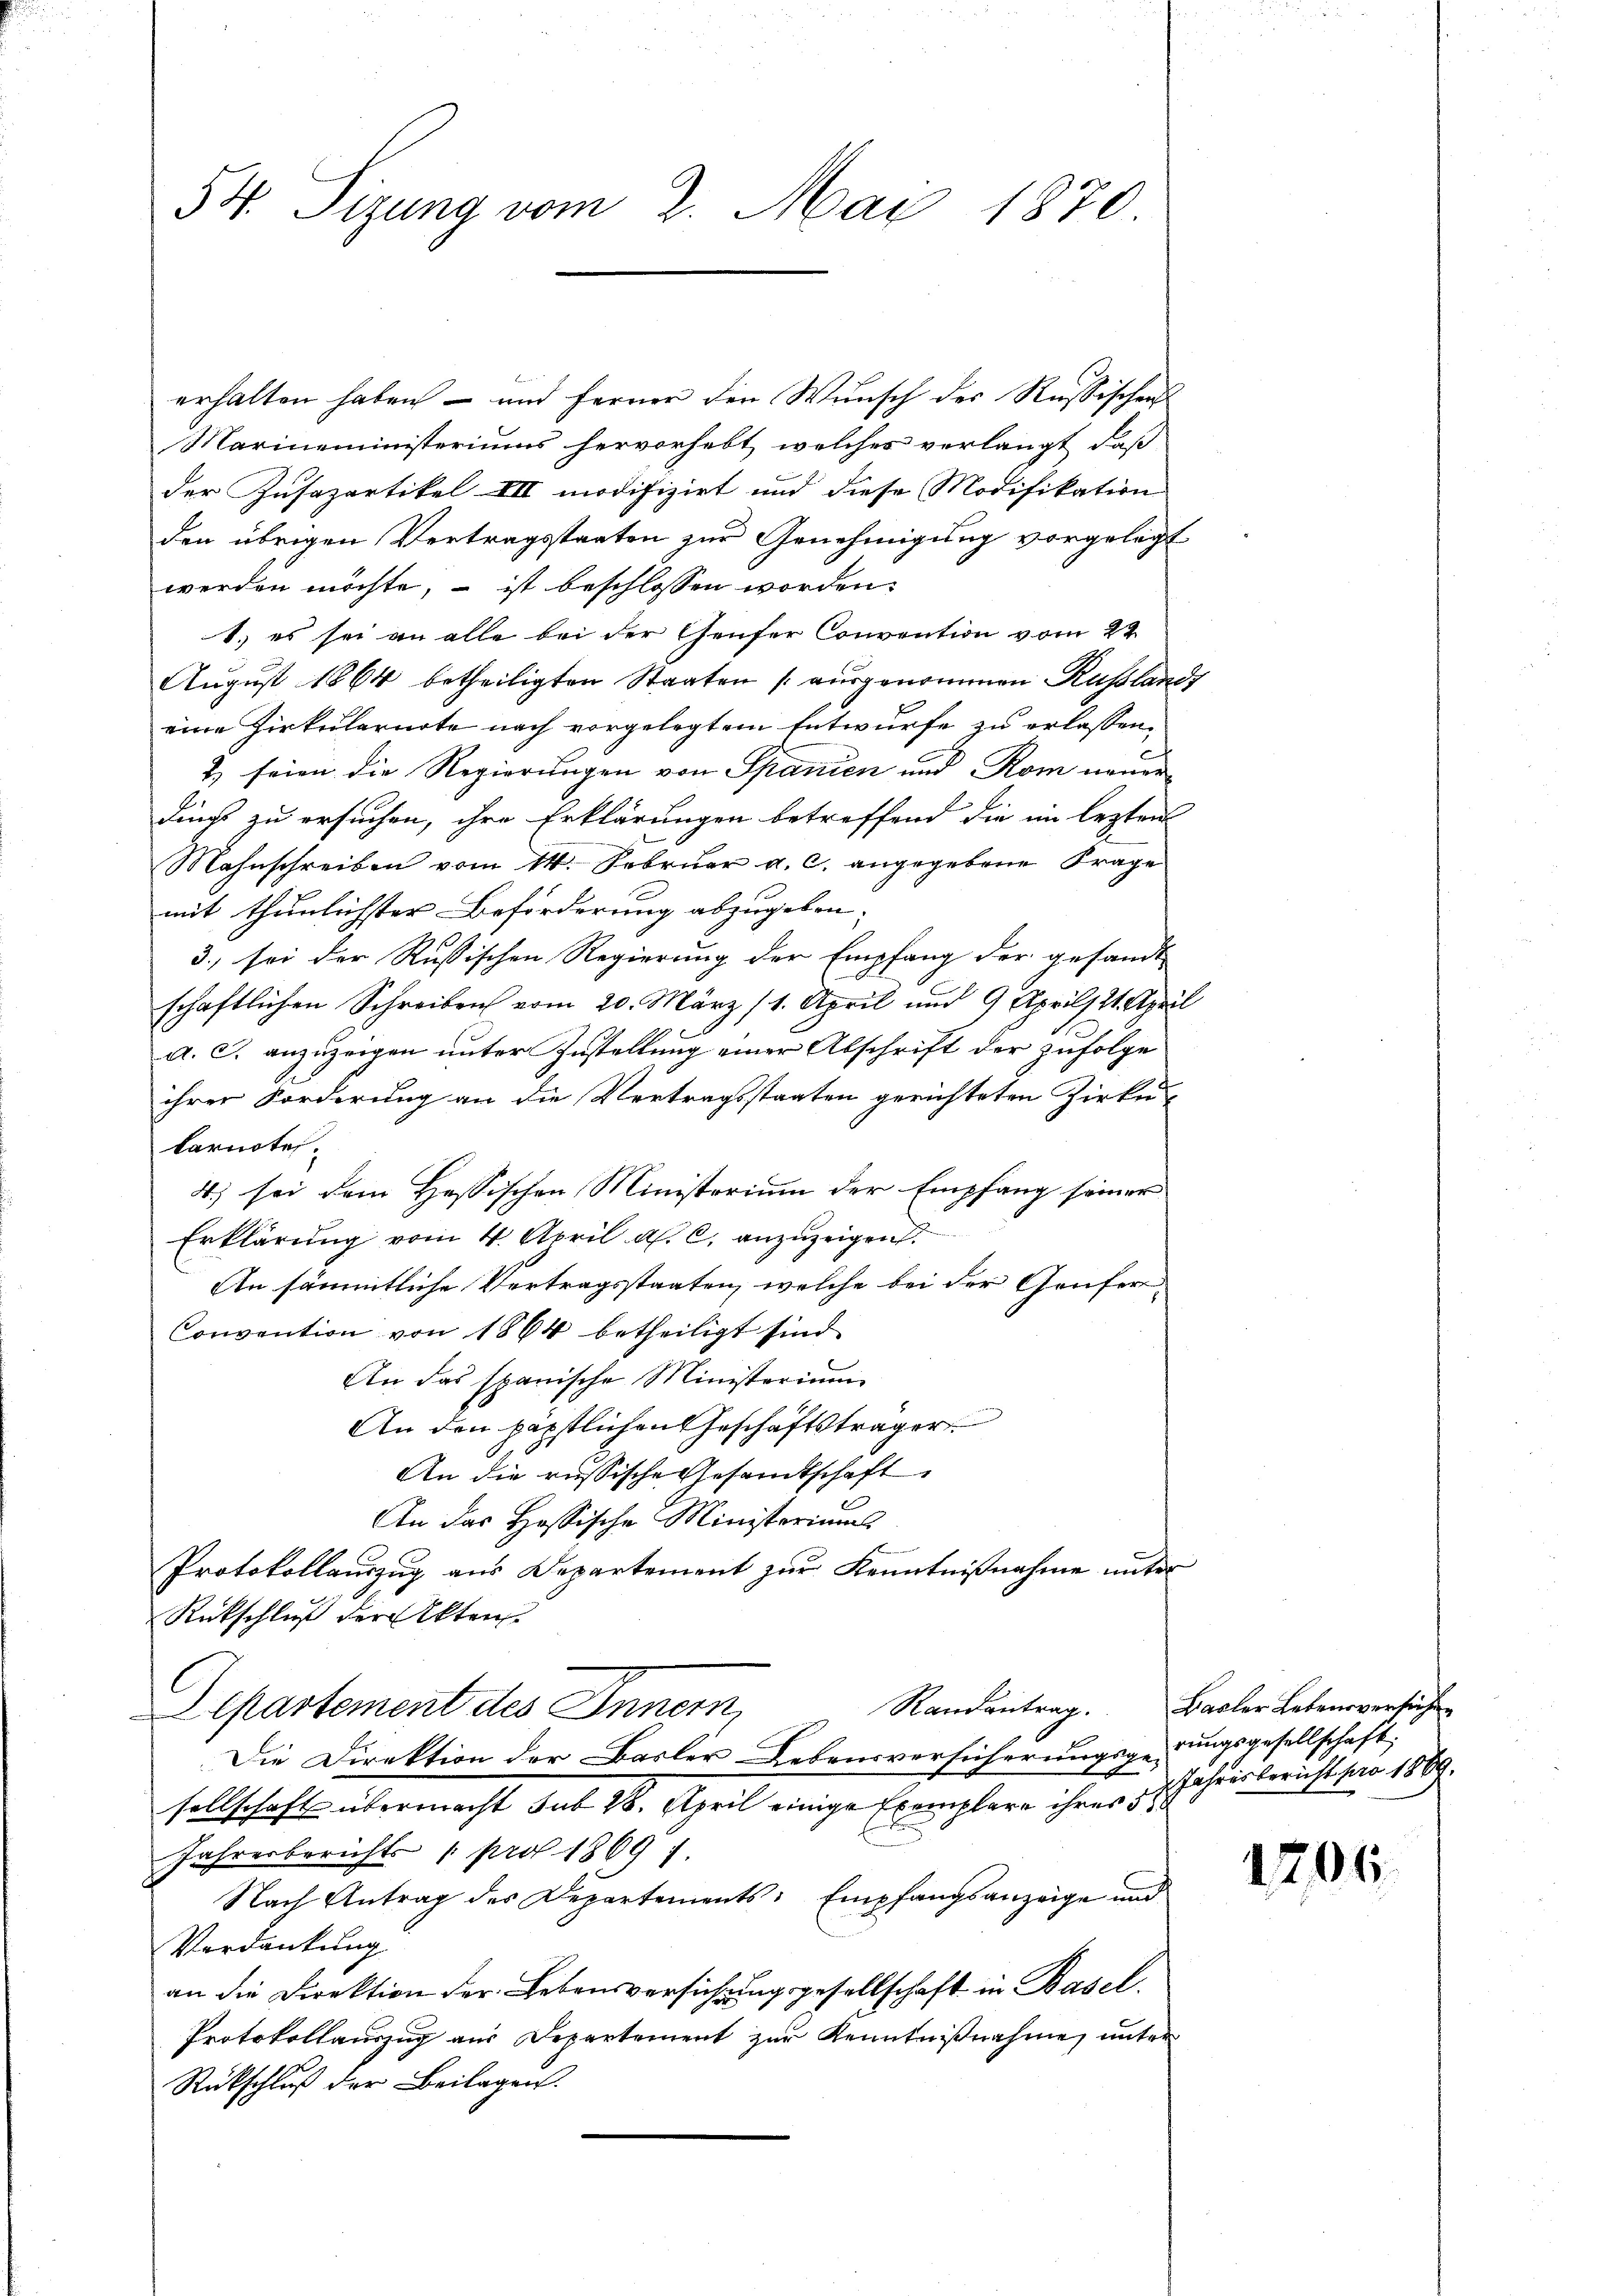
54. Sizung vom 2. Mai 1870.

erhalten haben – und ferner den Wunsch der Russischen
Marineministeriums hervorhebt, welches verlangt, daß
der Zusazartikel III modifizirt und diese Modifikation
den übrigen Vertragsstaaten zur Genehmigung vorgelegt
werden möchte, – ist beschlossen worden.
1.) es sei an alle bei der Genfer Convention vom 24
August 1864 betheiligten Staaten (ausgenommen Russlands
eine Zirkularirte nach vorgelegtem Entwurfe zu erlassen,
2) seien die Regierungen von Spanien und Rom neuer
dins zu ersuchen, ihre Erklärungen betreffend die im lezten
Mahnschreiben vom 14. Febrŭar a. c. angegebene Frage
mit thunlichster Beförderung abzugeben.
3., sei der Russischen Regierung der Empfang der gesandt
schaftlichen Schreiben vom 20. März (1. April und 9 April 24. April
a. c. anzuzeigen unter Zustellung einer Abschrift der zufolge
ihrer Forderung an die Vertragsstaaten gerichteten Zirku
karnote.
4.) sei dem Hessischen Ministerium der Empfang seiner
Erklärung vom 4. April a. c. anzuzeigen.
An sämmtliche Vertragsstaaten, welche bei der Genfer¬
Corvention von 1864 betheiligt sind.
An das spanische Ministerium
An den päpstlichen Geschäftsträger
An die russische Gesandtschaft
An das Hössische Ministeriums
Protokollauszug aus Departement zur Kenntnißnahme unter
Rückschluß der Akten.
C
Randantrag.
partement des Innern,
Die Direktion der Basler Lebensversicherungsgerungsgesellschaft
sellschaft übermacht sub 28. April einige Exemplare ihrer 5. Jahresbericht pro 1889.
Jahresberichts pro 1869 1.
Nach Antrag des Departements: Empfangsanzeige und
Verdankung
an die Direktion der Lebensversichung gesellschaft in Basel.
Protokollauszug aus Departement zur Kenntnißnahme, unter
Rückschluß der Beilagen.

Basler Lebensversichen

1206.